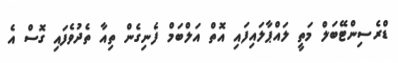
ޑްރެސިންޓޭބަލް މަތީ ލައްޕާލައިފައި އޮތް އަލްބަމް ފެނިގެން ތިއާ ތެދުވެފައި ގޮސް އެ